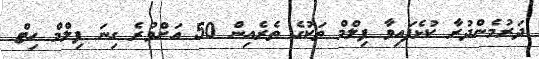
ދަރުމެންދުރާ ކުޅެފައިވާ ފިލްމް ތަކުގެ ތެރެއިން 50 އަށްވުރެ ގިނަ ފިލްމް ހިޓް